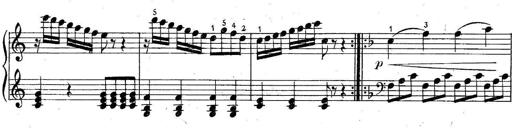
Title: 6 Easy Sonatinas
Composer: Carl Czerny